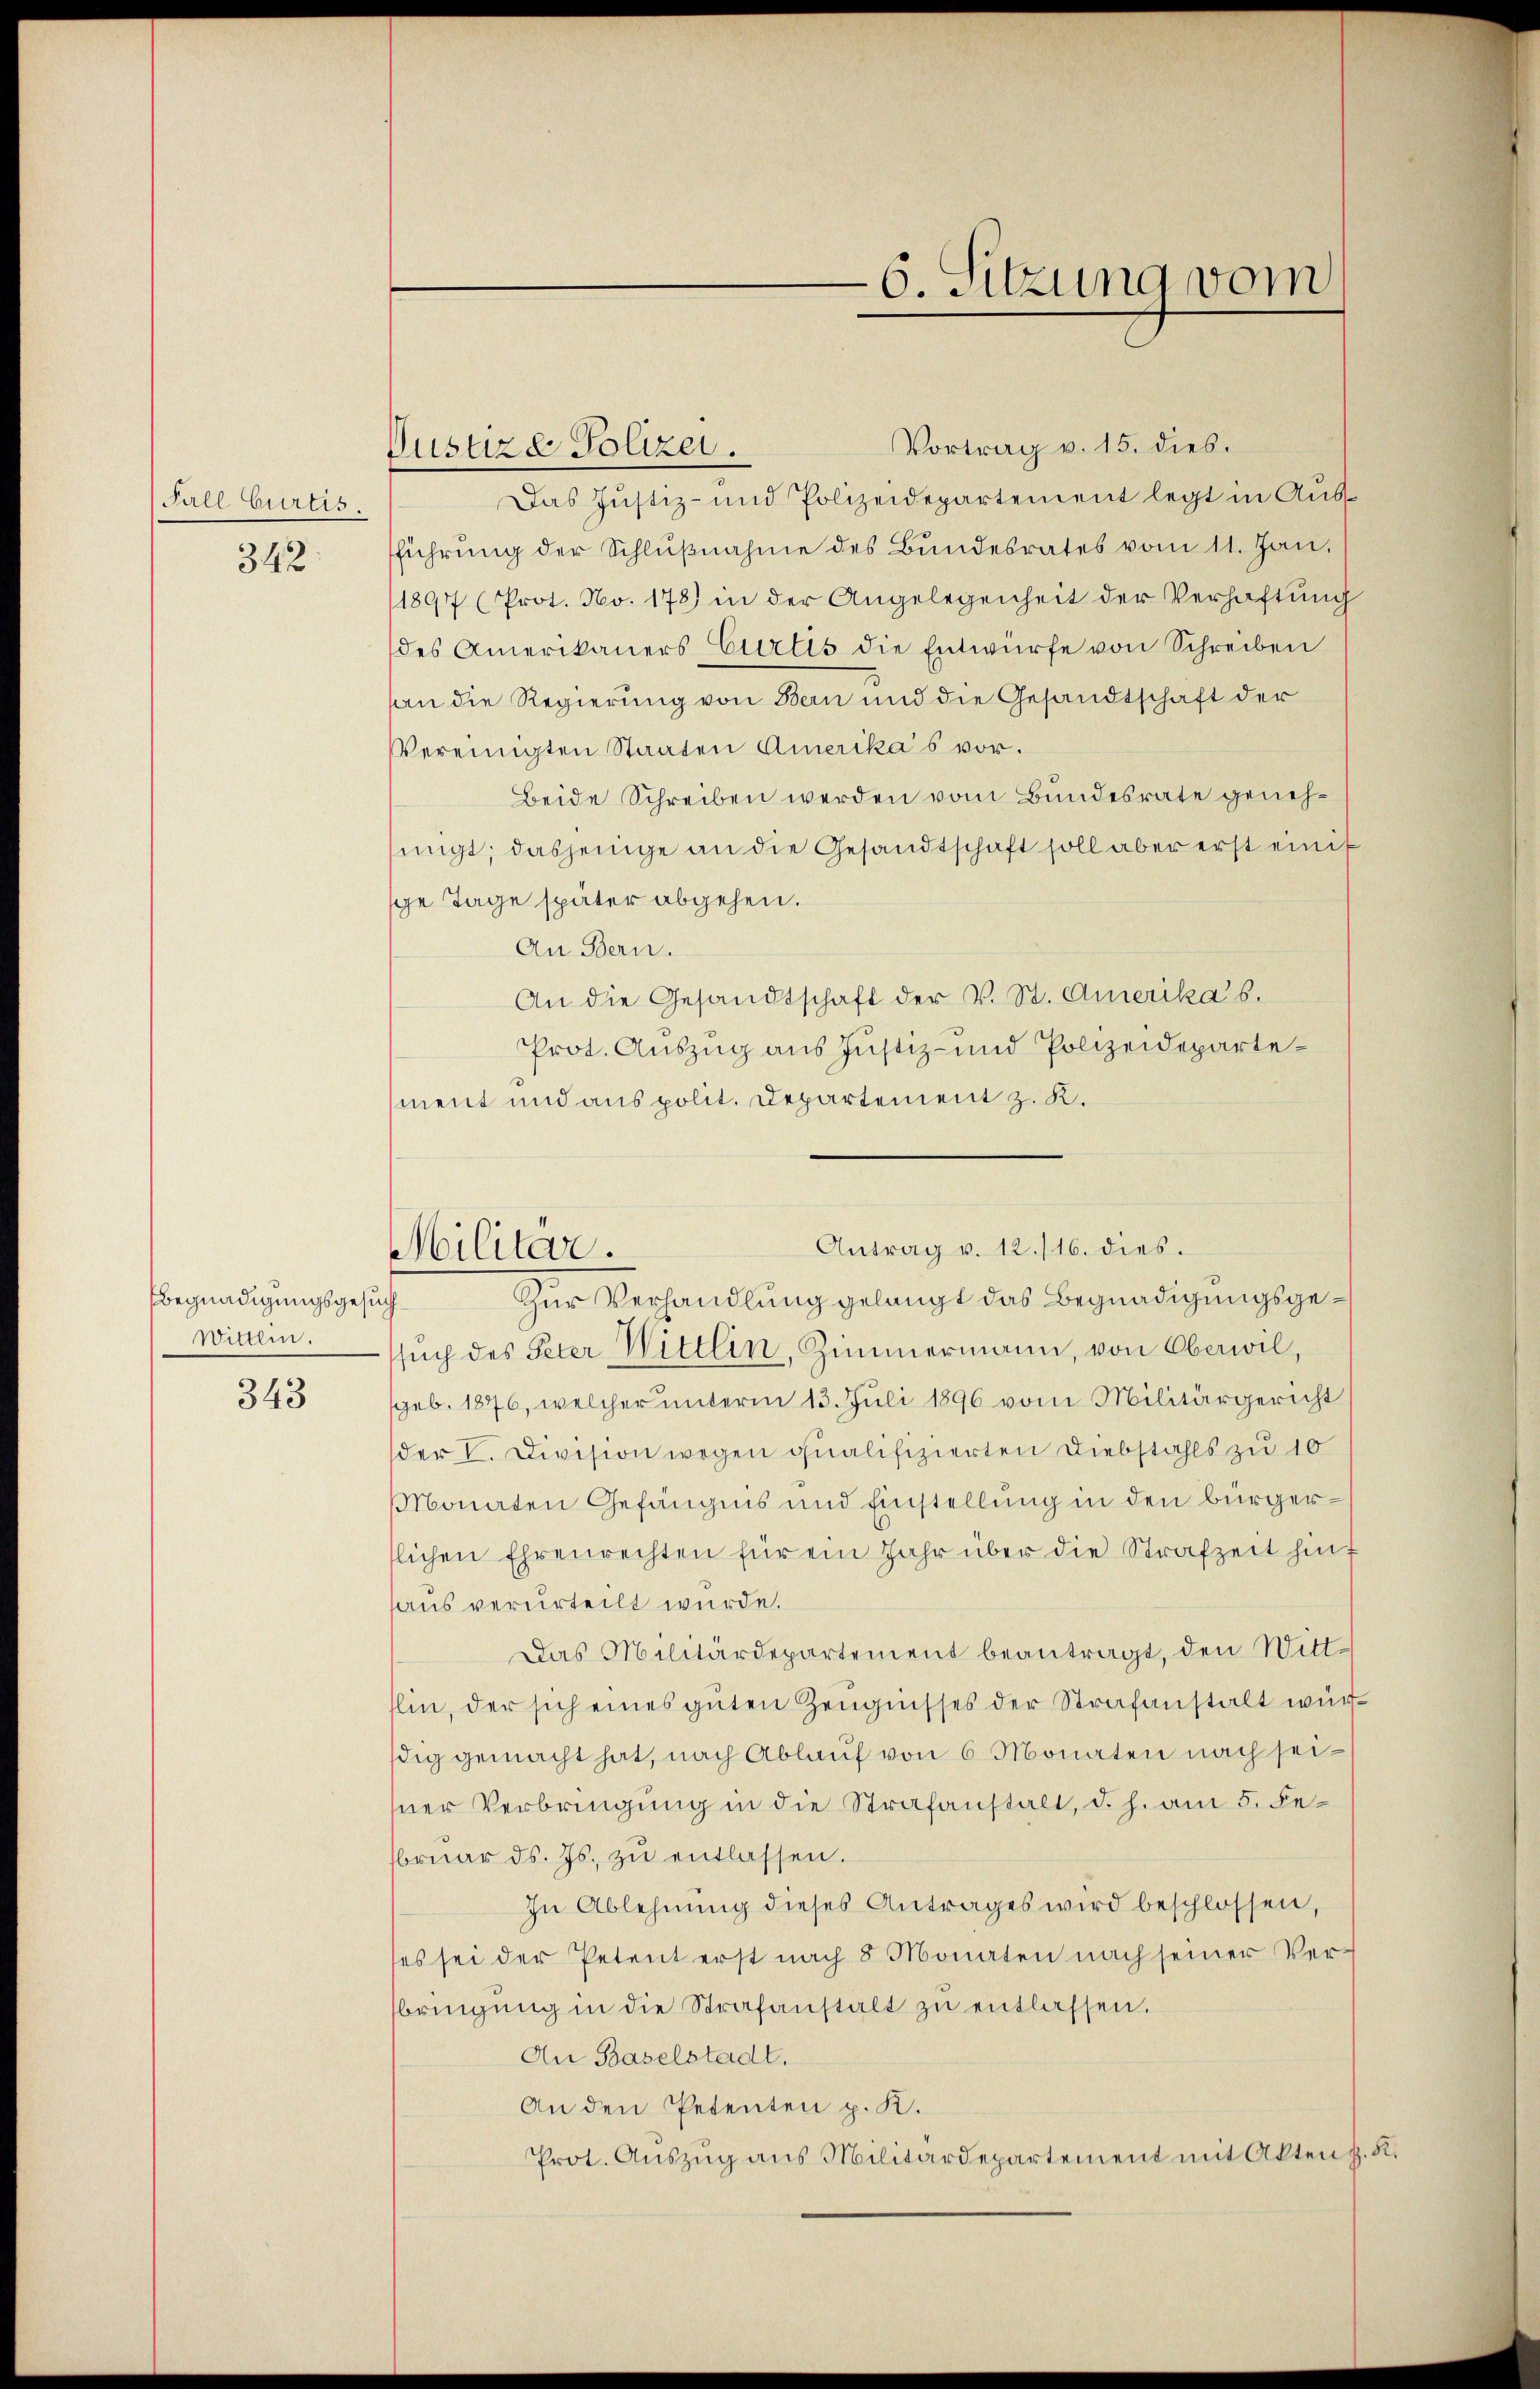
Fall Gurtis
342

Begnadigungsgesuch
Wittlin.
343.

Justize Polizei.

Vortrag v. 15. dies.
Das Justiz- und Polizeidepartement legt in Ausführŭng der Schlŭβnahme des Bundesrates vom 11. Jan.
1897 (Prot. No. 178) in der Angelegenheit der Verhaftung
des Amerikaners Curtis die Entwürfe von Schreiben
an die Regierung von Bern und die Gesandtschaft der
Vereinigten Staaten Amerikas vor.
Beide Schreiben werden vom Bundesrate genehmngt; dasjenige an die Gesandtschaft soll aber erst einit
ge Tage später abgehen.
An Bern.
An die Gesandtschaft der V. St. Amerika’s.
Prot. Auszug aus Justiz- und Polizeidepartement und aus polit. Departement z. K.
geb. 1876, welcher unterm 13. Juli 1896 vom Militärgericht
der V. Division wegen qualifizierten Diebstahls zu 10
Monaten Gefängnis und Einstellung in den Bürgerlichen Ehrenrechten für ein Jahr über die Strafzeit hint
haus verurteilt wurde.
Das Militärdepartement beantragt, den Witt¬
Elin, der sich eines guten Zeugnisses der Strafanstalt würdig gemacht hat, nach Ablauf von 6 Monaten nach seiner Verbringung in die Strafanstalt, d. h. am 5. Febrŭar d. Js. zŭ entlassen.
In Ablehnung dieses Antrages wird beschlossen,
ses sei der Petent erst nach 8 Monaten nach seiner Verbringŭng in die Strafanstalt zu entlassen.
An Baselstadt.
An den Petenten p. K.
Prot. Aŭszŭg ans Militärdepartement mit Akten h. K.

6. Sitzung vom

Antrag v. 12./16. dies.
Militar.
Zur Verhandlung gelangt das Begnadigungsgesŭch des Peter Wittlin, Zimmermann, von Oberwil,